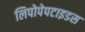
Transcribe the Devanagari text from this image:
लिपोपेपटाइडस